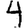
Digit: 4